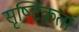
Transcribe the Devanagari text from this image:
सृष्‍टिकर्ता